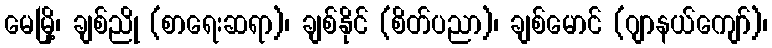
မေမြို့၊ ချစ်ညို (စာရေးဆရာ)၊ ချစ်နိုင် (စိတ်ပညာ)၊ ချစ်မောင် (ဂျာနယ်ကျော်)၊